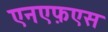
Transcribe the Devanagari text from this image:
एनएफ़एस